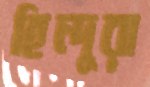
হিন্দুরা